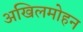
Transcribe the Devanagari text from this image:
अखिलमोहन